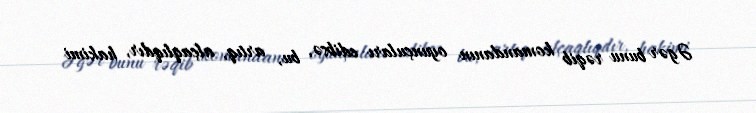
Əgər bunu rəqib komandanın oyunçuları edibsə, bu, artıq, alçaqlıqdır, hakimi